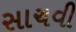
સાચવી